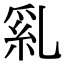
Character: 乿